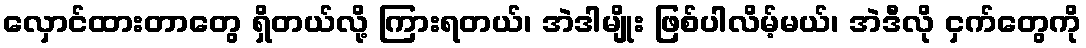
လှောင်ထားတာတွေ ရှိတယ်လို့ ကြားရတယ်၊ အဲဒါမျိုး ဖြစ်ပါလိမ့်မယ်၊ အဲဒီလို ငှက်တွေကို